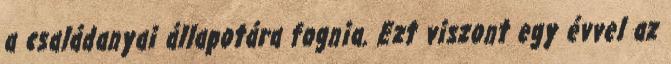
a családanyai állapotára fognia. Ezt viszont egy évvel az